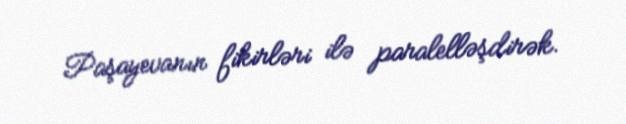
Paşayevanın fikirləri ilə paralelləşdirək.